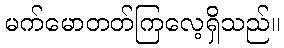
မက်မောတတ်ကြလေ့ရှိသည်။